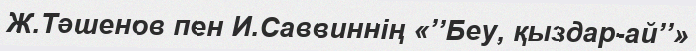
Ж.Тәшенов пен И.Саввиннің «’’Беу, қыздар-ай’’»